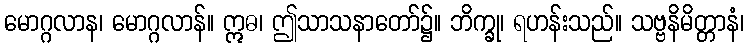
မောဂ္ဂလာန၊ မောဂ္ဂလာန်။ ဣဓ၊ ဤသာသနာတော်၌။ ဘိက္ခု၊ ရဟန်းသည်။ သဗ္ဗနိမိတ္တာနံ၊